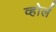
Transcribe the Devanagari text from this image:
व्होर्ल